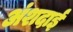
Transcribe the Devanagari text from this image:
अंशदाई